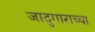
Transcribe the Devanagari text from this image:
जादुगाराच्या